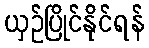
ယှဉ်ပြိုင်နိုင်ရန်